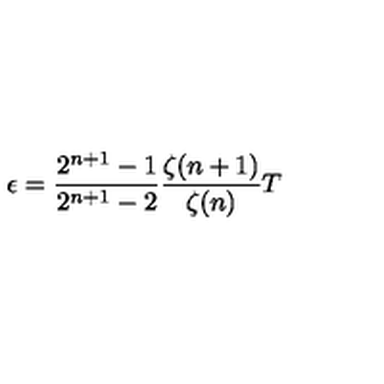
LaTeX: \epsilon = \frac { 2 ^ { n + 1 } - 1 } { 2 ^ { n + 1 } - 2 } \frac { \zeta ( n + 1 ) } { \zeta ( n ) } T